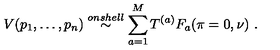
V ( p _ { 1 } , \ldots , p _ { n } ) \stackrel { o n s h e l l } { \sim } \sum _ { a = 1 } ^ { M } T ^ { ( a ) } F _ { a } ( \pi = 0 , \nu ) \ .